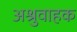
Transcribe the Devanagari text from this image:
अश्रुवाहक